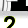
Digit: 2